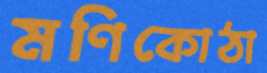
মণিকোঠা